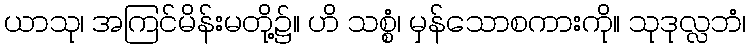
ယာသု၊ အကြင်မိန်းမတို့၌။ ဟိ သစ္စံ၊ မှန်သောစကားကို။ သုဒုလ္လဘံ၊